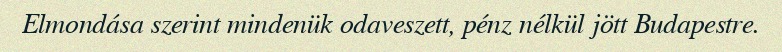
Elmondása szerint mindenük odaveszett, pénz nélkül jött Budapestre.